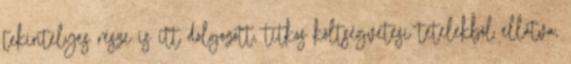
tekintélyes része is itt dolgozott, titkos költségvetési tételekből ellátva,